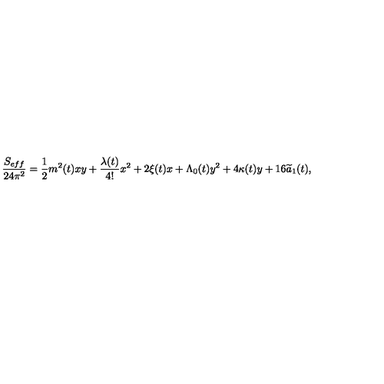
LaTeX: \frac { S _ { e f f } } { 2 4 \pi ^ { 2 } } = \frac { 1 } { 2 } m ^ { 2 } ( t ) x y + \frac { \lambda ( t ) } { 4 ! } x ^ { 2 } + 2 \xi ( t ) x + \Lambda _ { 0 } ( t ) y ^ { 2 } + 4 \kappa ( t ) y + 1 6 \widetilde { a } _ { 1 } ( t ) ,